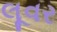
લૂવર